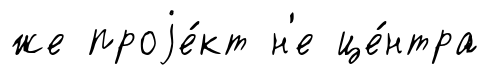
же проjе́кт н'е це́нтра